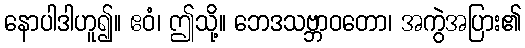
နောပါဒါဟူ၍။ ဧဝံ၊ ဤသို့။ ဘေဒသဗ္ဘာဝတော၊ အကွဲအပြား၏